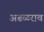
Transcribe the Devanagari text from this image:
अढळराव